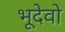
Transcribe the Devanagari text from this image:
भूदेवो